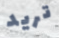
تريد